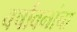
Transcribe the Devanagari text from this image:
वर्षावनांचा